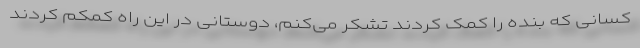
کسانی که بنده را کمک کردند تشکر می‌کنم، دوستانی در این راه کمکم کردند